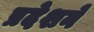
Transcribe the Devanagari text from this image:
प्रदेशने